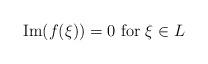
LaTeX: \begin{align*}{\rm Im}(f(\xi)) = 0 {\rm\ for\ } \xi\in L\end{align*}